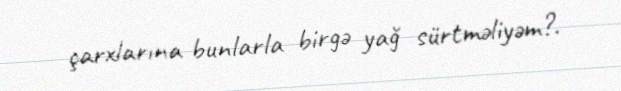
çarxlarına bunlarla birgə yağ sürtməliyəm?.